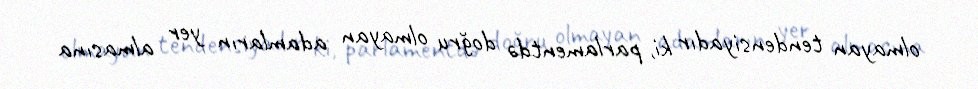
olmayan tendensiyadır ki, parlamentdə doğru olmayan adamların yer almasına